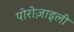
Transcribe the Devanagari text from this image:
पोरोज़ाइली